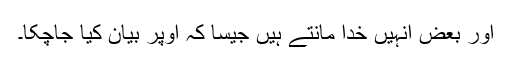
اور بعض انہیں خدا مانتے ہیں جیسا کہ اوپر بیان کیا جاچکا۔